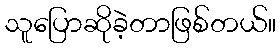
သူပြောဆိုခဲ့တာဖြစ်တယ်။